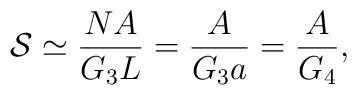
{\cal{S}} \simeq \frac{NA}{G_3 L} = \frac{A}{G_3 a} = \frac{A}{G_4},